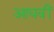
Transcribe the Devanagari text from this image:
आघवीं